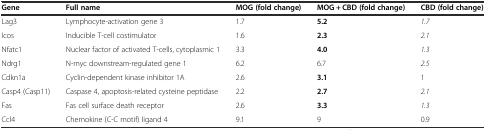
<table><thead><tr><td><b>Gene</b></td><td><b>Full name</b></td><td><b>MOG (fold change)</b></td><td><b>MOG + CBD (fold change)</b></td><td><b>CBD (fold change)</b></td></tr></thead><tbody><tr><td>Lag3</td><td>Lymphocyte-activation gene 3</td><td>1.7</td><td><b>5.2</b></td><td><i>1.7</i></td></tr><tr><td>Icos</td><td>Inducible T-cell costimulator</td><td>1.6</td><td><b>2.3</b></td><td><i>2.1</i></td></tr><tr><td>Nfatc1</td><td>Nuclear factor of activated T-cells, cytoplasmic 1</td><td>3.3</td><td><b>4.0</b></td><td><i>1.3</i></td></tr><tr><td>Ndrg1</td><td>N-myc downstream-regulated gene 1</td><td>6.2</td><td>6.7</td><td><i>2.5</i></td></tr><tr><td>Cdkn1a</td><td>Cyclin-dependent kinase inhibitor 1A</td><td>2.6</td><td><b>3.1</b></td><td>1</td></tr><tr><td>Casp4 (Casp11)</td><td>Caspase 4, apoptosis-related cysteine peptidase</td><td>2.2</td><td><b>2.7</b></td><td><i>2.1</i></td></tr><tr><td>Fas</td><td>Fas cell surface death receptor</td><td>2.6</td><td><b>3.3</b></td><td><i>1.3</i></td></tr><tr><td>Ccl4</td><td>Chemokine (C-C motif) ligand 4</td><td>9.1</td><td>9</td><td>0.9</td></tr></tbody></table>